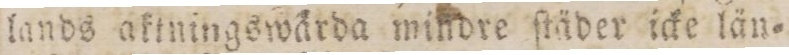
lands aktningswärda mindre ſtäder icke län=